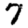
Digit: 7